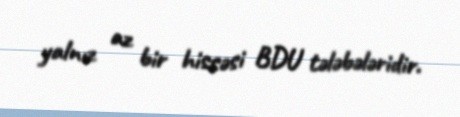
yalnız az bir hissəsi BDU tələbələridir.